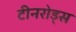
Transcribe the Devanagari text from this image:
टीनरोड्स